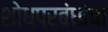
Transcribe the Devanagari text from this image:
शोधप्रबंधांचा